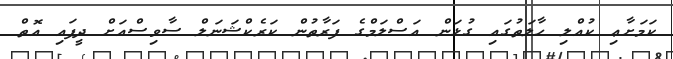
ކަމަށާޢި ކުއްލި ހާލަތުގައި ގުޅަން އަސްލަމްގެ ފަރާތުން ކަރެކްޝަނަލް ސާވިސްއަށް ދީފައި އޮތް